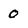
Character: 0